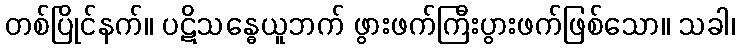
တစ်ပြိုင်နက်။ ပဋိသန္ဓေယူဘက် ဖွားဖက်ကြီးပွားဖက်ဖြစ်သော။ သခါ၊